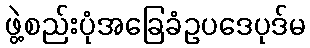
ဖွဲ့စည်းပုံအခြေခံဥပဒေပုဒ်မ